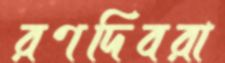
রণদিবরা